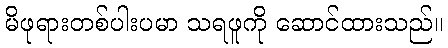
မိဖုရားတစ်ပါးပမာ သရဖူကို ဆောင်ထားသည်။